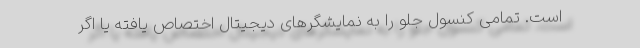
است. تمامی کنسول جلو را به نمایشگرهای دیجیتال اختصاص یافته یا اگر